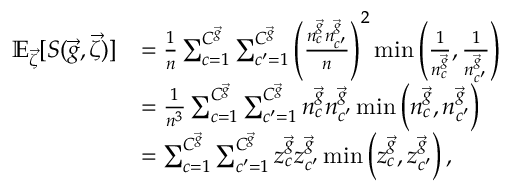
\begin{array} { r l } { { \mathbb E } _ { \vec { \zeta } } [ S ( \vec { g } , \vec { \zeta } ) ] } & { = \frac { 1 } { n } \sum _ { c = 1 } ^ { C ^ { \vec { g } } } \sum _ { c ^ { \prime } = 1 } ^ { C ^ { \vec { g } } } \left( \frac { n _ { c } ^ { \vec { g } } n _ { c ^ { \prime } } ^ { \vec { g } } } { n } \right) ^ { 2 } \operatorname* { m i n } \left( \frac { 1 } { n _ { c } ^ { \vec { g } } } , \frac { 1 } { n _ { c ^ { \prime } } ^ { \vec { g } } } \right) } \\ & { = \frac { 1 } { n ^ { 3 } } \sum _ { c = 1 } ^ { C ^ { \vec { g } } } \sum _ { c ^ { \prime } = 1 } ^ { C ^ { \vec { g } } } n _ { c } ^ { \vec { g } } n _ { c ^ { \prime } } ^ { \vec { g } } \operatorname* { m i n } \left( n _ { c } ^ { \vec { g } } , n _ { c ^ { \prime } } ^ { \vec { g } } \right) } \\ & { = \sum _ { c = 1 } ^ { C ^ { \vec { g } } } \sum _ { c ^ { \prime } = 1 } ^ { C ^ { \vec { g } } } z _ { c } ^ { \vec { g } } z _ { c ^ { \prime } } ^ { \vec { g } } \operatorname* { m i n } \left( z _ { c } ^ { \vec { g } } , z _ { c ^ { \prime } } ^ { \vec { g } } \right) , } \end{array}